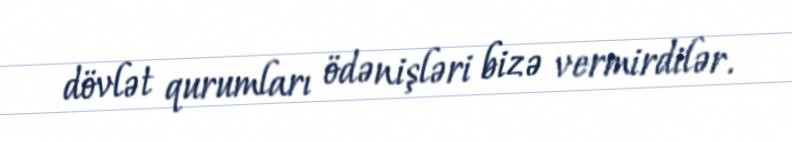
dövlət qurumları ödənişləri bizə vermirdilər.